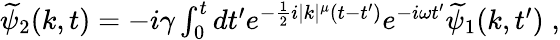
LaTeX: \begin{array}{r}{\widetilde{\psi}_{2}(k,t)=-i\gamma\int_{0}^{t}dt^{\prime}e^{-\frac{1}{2}i|k|^{\mu}(t-t^{\prime})}e^{-i\omega t^{\prime}}\widetilde{\psi}_{1}(k,t^{\prime})\; ,}\end{array}